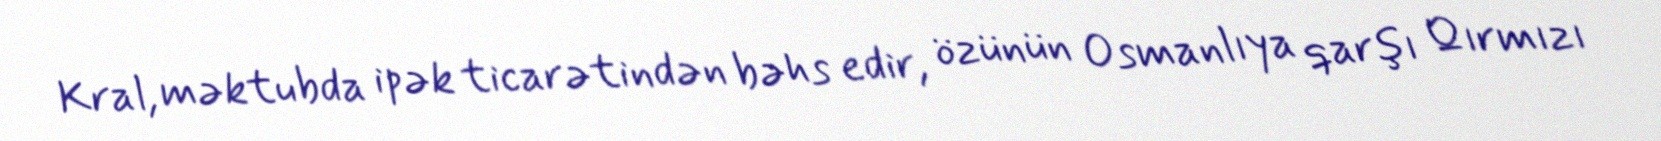
Kral, məktubda ipək ticarətindən bəhs edir, özünün Osmanlıya qarşı Qırmızı